Indian journal of veterinary science and animal husbandry - Volume 10,
Year: 1940
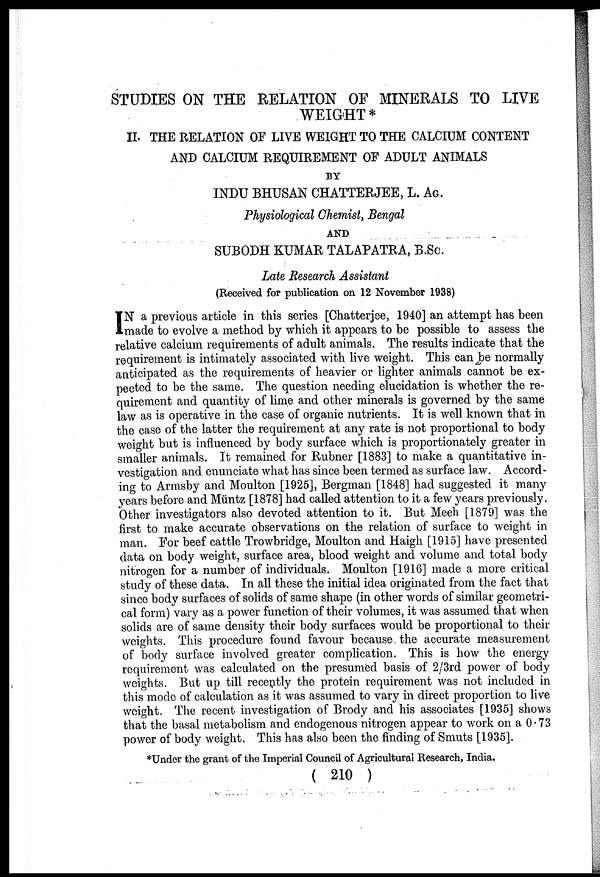
STUDIES ON THE RELATION OF MINERALS TO LIVE
WEIGHT*
II. THE RELATION OF LIVE WEIGHT TO THE CALCIUM CONTENT
AND CALCIUM REQUIREMENT OF ADULT ANIMALS
BY
INDU BHUSAN CHATTERJEE, L. AG.
Physiological Chemist, Bengal
AND
SUBODH KUMAR TALAPATRA, B.Sc.
Late Research Assistant
(Received for publication on 12 November 1938)
I N a previous article in this series [Chatterjee, 1940] an attempt has been
made to evolve a method by which it appears to be possible to assess the
relative calcium requirements of adult animals. The results indicate that the
requirement is intimately associated with live weight. This can be normally
anticipated as the requirements of heavier or lighter animals cannot be ex-
pected to be the same. The question needing elucidation is whether the re-
quirement and quantity of lime and other minerals is governed by the same
law as is operative in the case of organic nutrients. It is well known that in
the case of the latter the requirement at any rate is not proportional to body
weight but is influenced by body surface which is proportionately greater in
smaller animals. It remained for Rubner [1883] to make a quantitative in-
vestigation and enunciate what has since been termed as surface law. Accord-
ing to Armsby and Moulton [1925], Bergman [1848] had suggested it many
years before and Miintz [1878] had called attention to it a few years previously.
Other investigators also devoted attention to it. But Meeh [1879] was the
first to make accurate observations on the relation of surface to weight in
man. For beef cattle Trowbridge, Moulton and Haigh [1915] have presented
data on body weight, surface area, blood weight and volume and total body
nitrogen for a number of individuals. Moulton [1916] made a more critical
study of these data. In all these the initial idea originated from the fact that
since body surfaces of solids of same shape (in other words of similar geometri-
cal form) vary as a power function of their volumes, it was assumed that when
solids are of same density their body surfaces would be proportional to their
weights. This procedure found favour because the accurate measurement
of body surface involved greater complication. This is how the energy
requirement was calculated on the presumed basis of 2/3rd power of body
weights. But up till recently the protein requirement was not included in
this mode of calculation as it was assumed to vary in direct proportion to live
weight. The recent investigation of Brody and his associates [1935] shows
that the basal metabolism and endogenous nitrogen appear to work on a 0.73
power of body weight. This has also been the finding of Smuts [1935].
*Under the grant of the Imperial Council of Agricultural Research, India.
( 210 )